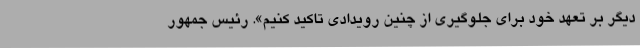
دیگر بر تعهد خود برای جلوگیری از چنین رویدادی تاکید کنیم». رئیس جمهور